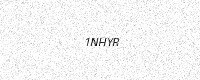
Text: 1NHYR